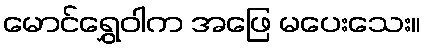
မောင်ရွှေဝါက အဖြေ မပေးသေး။